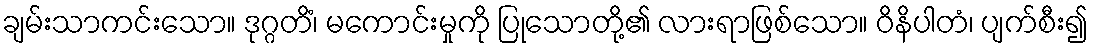
ချမ်းသာကင်းသော။ ဒုဂ္ဂတိံ၊ မကောင်းမှုကို ပြုသောတို့၏ လားရာဖြစ်သော။ ဝိနိပါတံ၊ ပျက်စီး၍